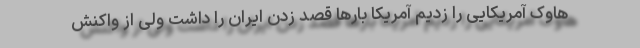
هاوک آمریکایی را زدیم آمریکا بارها قصد زدن ایران را داشت ولی از واکنش